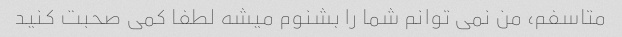
متاسفم، من نمی توانم شما را بشنوم میشه لطفا کمی صحبت کنید